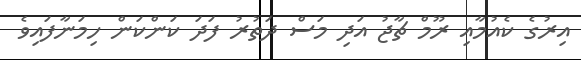
އިރުގެ ކެއުމާއި ރޫމް ޗާޖު އަދި މަސް ދަތުރު ފަދަ ކަންކަން ހިމަނާފައިވެ